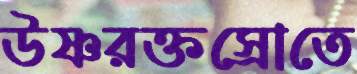
উষ্ণরক্তস্রোতে